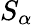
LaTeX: S_{\alpha}